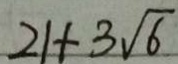
2 1 + 3 \sqrt { 6 }